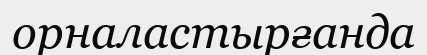
орналастырғанда